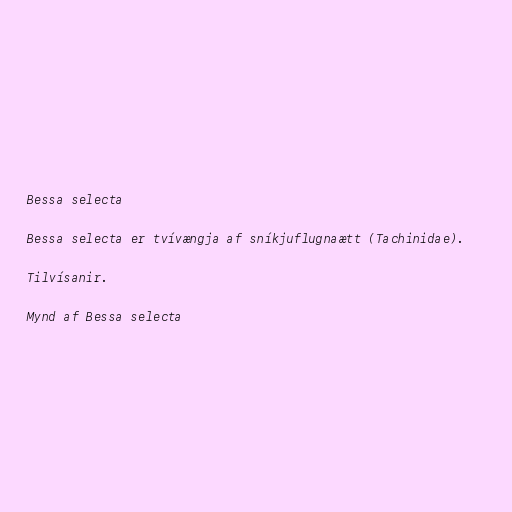
Bessa selecta

Bessa selecta er tvívængja af sníkjuflugnaætt (Tachinidae).

Tilvísanir.

Mynd af Bessa selecta